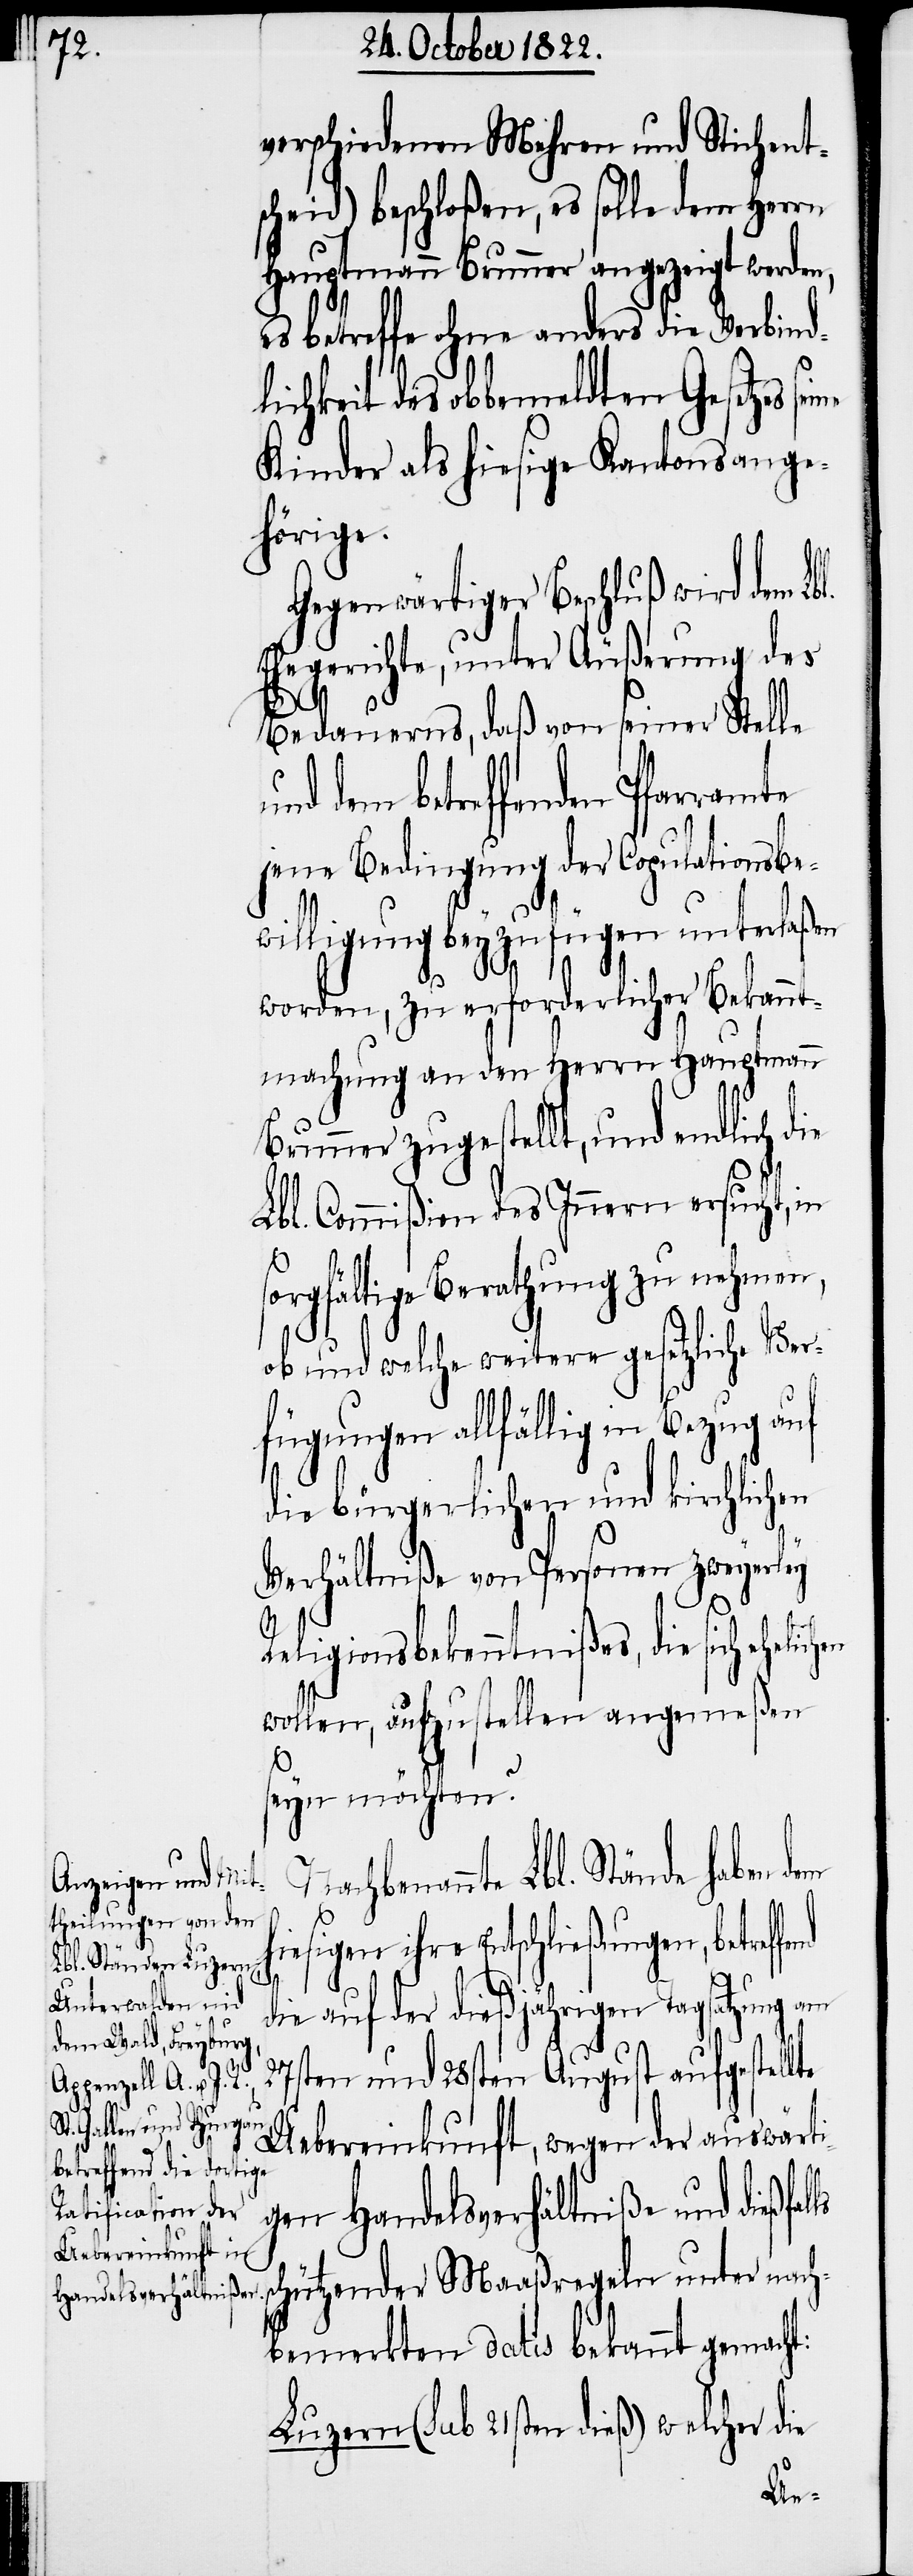
ls
s¬

verschiedenen Mehren und Stichent¬
scheid) beschloßen, es solle dem Herrn
Hauptmann Brunner angezeigt werde¬
es betreffe ohne anders die Verbindl¬
ichkeit des obbemeldten Gesetzes
Kinder als hiesige Kantonsange¬
hörige.
Gegenwärtiger Beschluß wird dem
Ehegerichte, unter Äußerung des
Bedauerns, daß von seiner Stelle
dem betreffenden Pfarramte
jene Bedingung der Copulationsbe¬
willigung beyzufügen unterlaßen
worden, zu erforderlicher Bekannt¬
machung an den Herrn Hauptmann
Brunner zugestellt, und endlich die
Lbl. Commißion des Innern ersucht, in
orgfältige Berathung zu nehmen,
ob und welche weitere gesetzliche Ver¬
fügungen allfällig in
die bürgerlichen und kirchlichen
Verhältniße von Personen zweyerley
Religionsbekenntnißes, die sich eheli¬
wollen, aufzustellen angemeßen
seyn möchten?
hbenannte Lbl. Stände haben
iesigen ihre Entschließungen, betref¬
die auf der dießjährigen Tagsatzung am
27sten und 28sten August aufgestellte
Uebereinkunft, wegen der auswärt¬
igen Handelsverhältniße und dießfal¬
chützender Maaßregeln unter nach¬
bemerkten datis bekannt gemacht:
Luzern (sub 21sten dieß) welcher die
fen¬